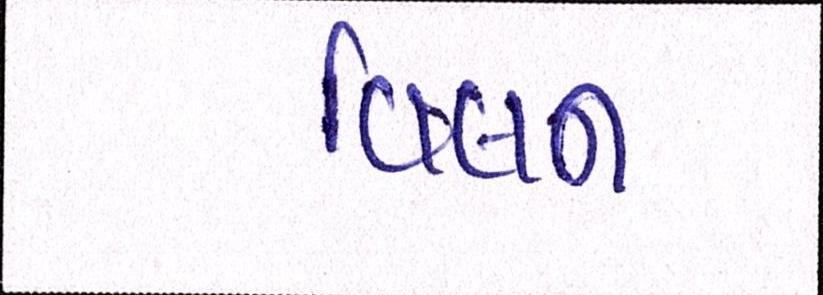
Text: વિલન